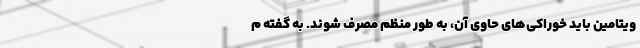
ویتامین باید خوراکی‌های حاوی آن، به طور منظم مصرف شوند. به گفته م